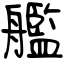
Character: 艦